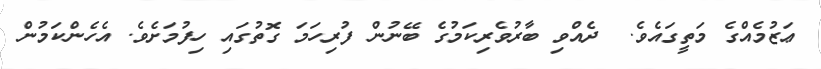
ޢަޒުމެއްގެ މަތީގައެވެ.  ދެއްވި ބާރުވެރިކަމުގެ ބޭނުން ފުރިހަމަ ގޮތުގައި ހިފުމަށެވެ. އެހެންކަމުން